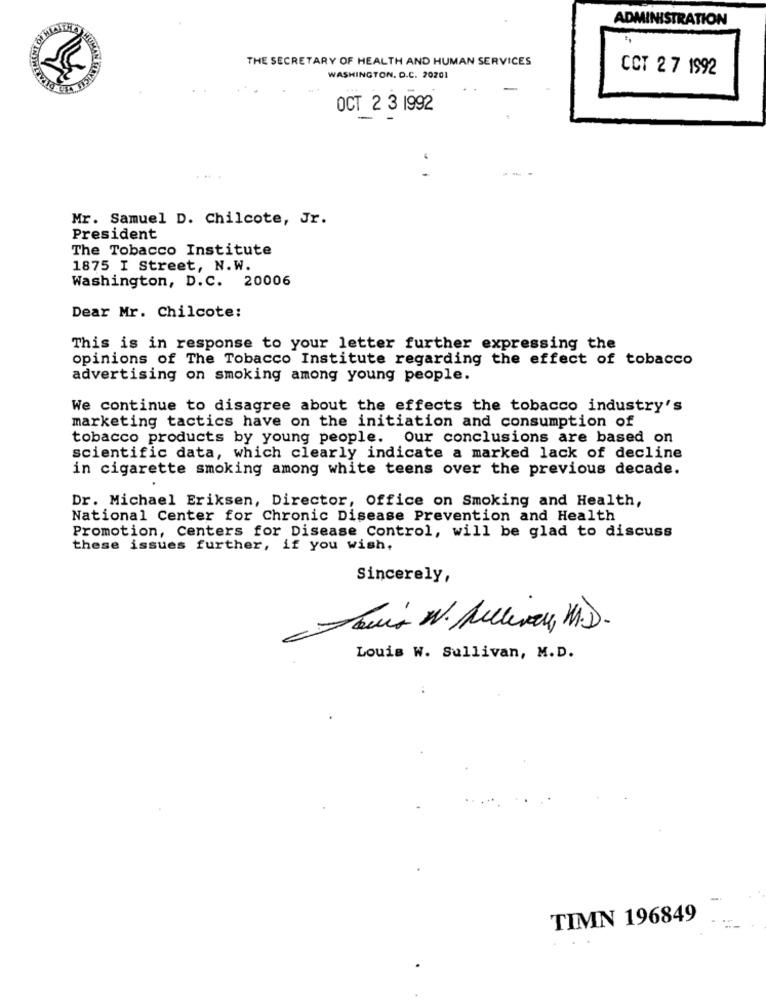
ADMINISTRATION
THE SECRETARY OF HEALTH AND HUMAN SERVICES
CCT 2 7 1992
WASHINGTON, D.C. 20201
OCT 2 3 1992
Mr. Samuel D. Chilcote, Jr.
President
The Tobacco Institute
1875 I Street, N.W.
Washington, D.C. 20006
Dear Mr. Chilcote:
This is in response to your letter further expressing the
opinions of The Tobacco Institute regarding the effect of tobacco
advertising on smoking among young people.
We continue to disagree about the effects the tobacco industry's
marketing tactics have on the initiation and consumption of
tobacco products by young people. Our conclusions are based on
scientific data, which clearly indicate a marked lack of decline
in cigarette smoking among white teens over the previous decade.
Dr. Michael Eriksen, Director, Office on Smoking and Health,
National Center for Chronic Disease Prevention and Health
Promotion, Centers for Disease Control, will be glad to discuss
these issues further, if you wish.
Sincerely,
Louis W. Nellevan, M.D.
Louis W. Sullivan, M.D.
TIMN 196849